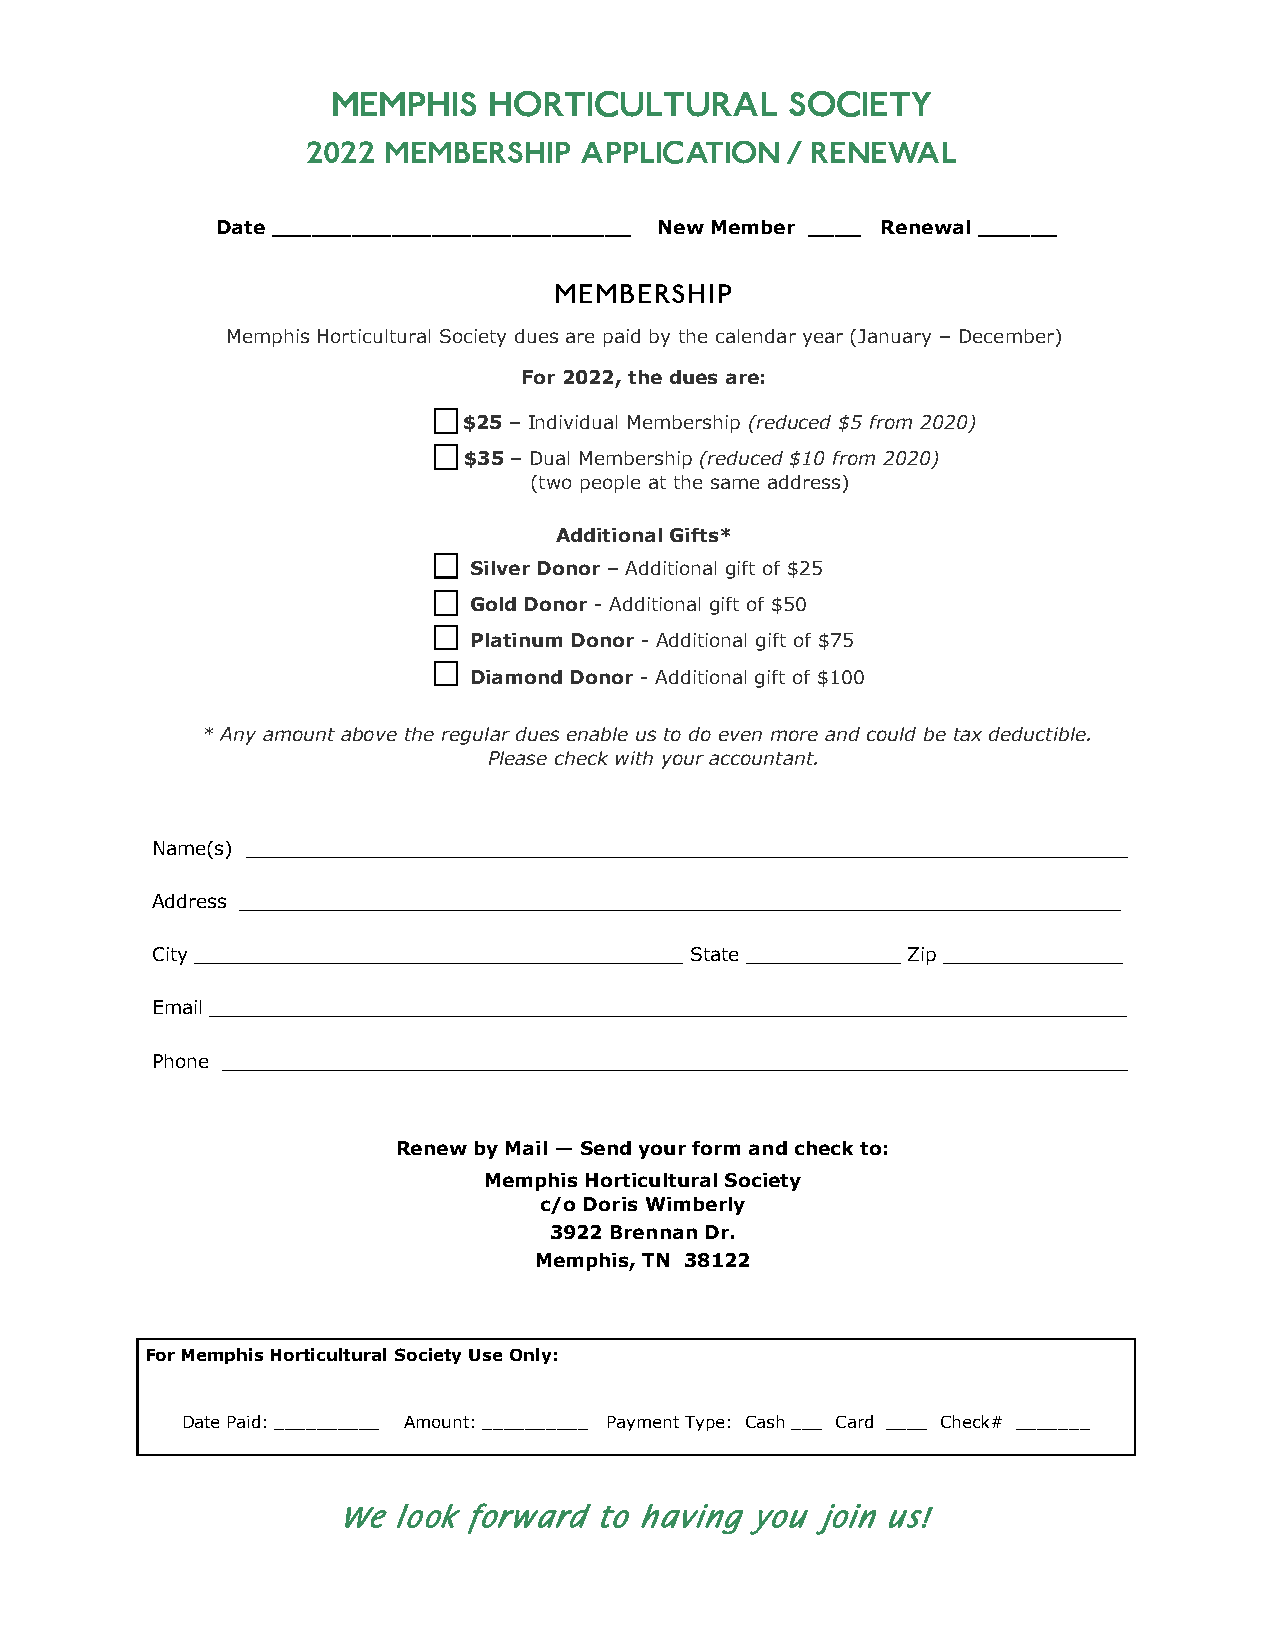
MEMPHIS   HORTICULTURAL       SOCIETY
 2022 MEMBERSHIP   APPLICATION   / RENEWAL
 Date ___________________________ New Member ____ Renewal ______
 MEMBERSHIP
 Memphis Horticultural Society dues are paid by the calendar year (January – December)
 For 2022, the dues are:
 $25 – Individual Membership (reduced $5 from 2020)
 $35 – Dual Membership (reduced $10 from 2020)
 (two people at the same address)
 Additional Gifts*
 Silver Donor – Additional gift of $25
 Gold Donor - Additional gift of $50
 Platinum Donor - Additional gift of $75
 Diamond Donor - Additional gift of $100
 * Any amount above the regular dues enable us to do even more and could be tax deductible.
 Please check with your accountant.
 Name(s) __________________________________________________________________________
 Address __________________________________________________________________________
 City _________________________________________ State _____________ Zip _______________
 Email _____________________________________________________________________________
 Phone ____________________________________________________________________________
 Renew by Mail — Send your form and check to:
 Memphis Horticultural Society
 c/o Doris Wimberly
 3922 Brennan Dr.
 Memphis, TN 38122
 For Memphis Horticultural Society Use Only:
 Date Paid: __________ Amount: __________ Payment Type: Cash ___ Card ____ Check# _______
 We  look forward to having  you join us!